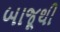
બાજૂથી